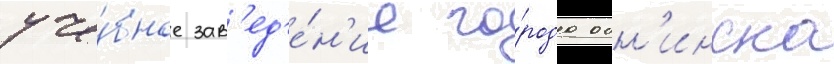
уче́бное зав'ед'е́н'ие го́рода обн'инска